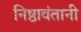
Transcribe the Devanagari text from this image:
निष्ठावंतानी